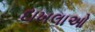
દાખલાઓ